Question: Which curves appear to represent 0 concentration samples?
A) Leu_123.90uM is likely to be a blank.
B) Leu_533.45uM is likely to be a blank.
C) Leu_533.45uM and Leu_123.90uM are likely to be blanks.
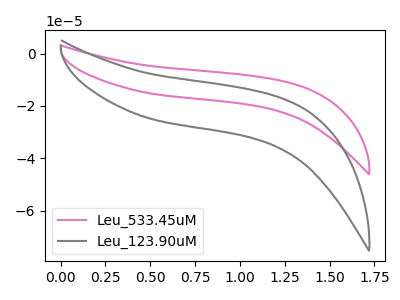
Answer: <think>The pink curve "Leu_533.45uM" has no peaks. The gray curve "Leu_123.90uM" has no peaks.</think>
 <answer>C) "Leu_533.45uM" and "Leu_123.90uM" are likely to be blanks.</answer>
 <eval>C</eval>